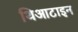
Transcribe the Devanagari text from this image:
थिआटाइन